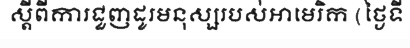
ស្តីពីការជួញដូរមនុស្សរបស់អាមេរិក (ថ្ងៃទី